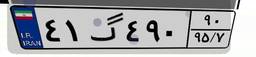
۴۱گ۴۹۰۹۰